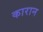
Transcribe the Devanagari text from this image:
कारान